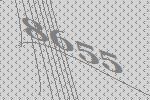
8655